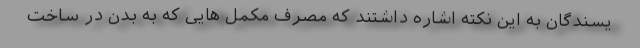
یسندگان به این نکته اشاره داشتند که مصرف مکمل هایی که به بدن در ساخت